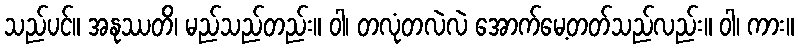
သည်ပင်။ အနုဿတိ၊ မည်သည်တည်း။ ဝါ၊ တလုံတလဲလဲ အောက်မေ့တတ်သည်လည်း။ ဝါ၊ ကား။